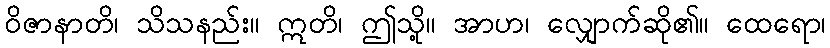
ဝိဇာနာတိ၊ သိသနည်း။ ဣတိ၊ ဤသို့။ အာဟ၊ လျှောက်ဆို၏။ ထေရော၊